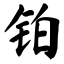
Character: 铂